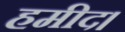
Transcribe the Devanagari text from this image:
हमीद।